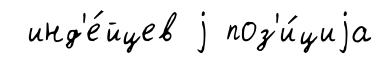
инд'е́йцев j поз'и́циjа